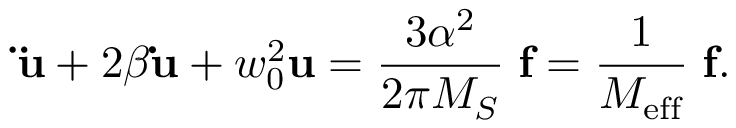
{ \bf \ddot { u } } + 2 \beta { \bf \dot { u } } + w _ { 0 } ^ { 2 } { \bf u } = \frac { 3 \alpha ^ { 2 } } { 2 \pi M _ { S } } { \bf \Gamma f } = \frac { 1 } { M _ { \mathrm { e f f } } } { \bf \Gamma f } .